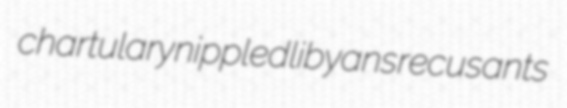
chartulary nippled libyans recusants